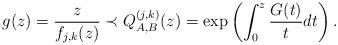
LaTeX: \begin{align*}g(z)=\frac{z}{f_{j,k}(z)} \prec Q^{(j,k)}_{A,B}(z)=\exp \left(\int_0^{z}\frac{G(t)}{t} dt \right).\end{align*}